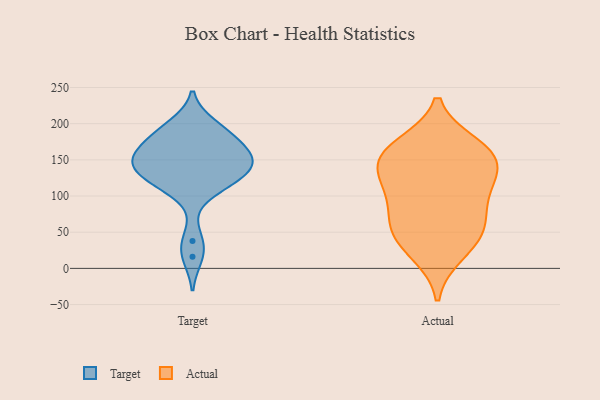
{"axis": {"x": "Churn Rate (%)", "y": "Value"}, "legend": ["Actual", "Target"], "data": [{"x": "", "y": 198, "type": "Target"}, {"x": "", "y": 135, "type": "Target"}, {"x": "", "y": 192, "type": "Target"}, {"x": "", "y": 147, "type": "Target"}, {"x": "", "y": 158, "type": "Target"}, {"x": "", "y": 168, "type": "Target"}, {"x": "", "y": 152, "type": "Target"}, {"x": "", "y": 186, "type": "Target"}, {"x": "", "y": 114, "type": "Target"}, {"x": "", "y": 38, "type": "Target"}, {"x": "", "y": 118, "type": "Target"}, {"x": "", "y": 16, "type": "Target"}, {"x": "", "y": 134, "type": "Target"}, {"x": "", "y": 175, "type": "Target"}, {"x": "", "y": 149, "type": "Target"}, {"x": "", "y": 145, "type": "Target"}, {"x": "", "y": 117, "type": "Target"}, {"x": "", "y": 65, "type": "Actual"}, {"x": "", "y": 67, "type": "Actual"}, {"x": "", "y": 37, "type": "Actual"}, {"x": "", "y": 21, "type": "Actual"}, {"x": "", "y": 170, "type": "Actual"}, {"x": "", "y": 120, "type": "Actual"}, {"x": "", "y": 52, "type": "Actual"}, {"x": "", "y": 107, "type": "Actual"}, {"x": "", "y": 148, "type": "Actual"}, {"x": "", "y": 109, "type": "Actual"}, {"x": "", "y": 161, "type": "Actual"}, {"x": "", "y": 160, "type": "Actual"}, {"x": "", "y": 147, "type": "Actual"}]}